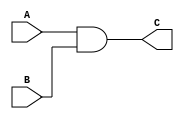
module AND_GATE
(
input A, B,
output C
);
assign C = A&B;
endmodule